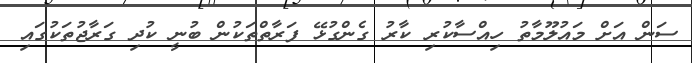
ސަން އަށް މައުލޫމާތު ހިއްސާކުރި ކާރު ގެންގުޅޭ ފަރާތްތަކުން ބުނީ ކުދި ގަރާޖުތަކުގައި